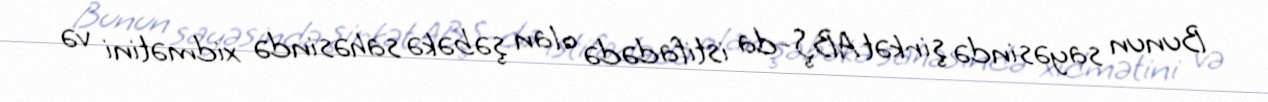
Bunun sayəsində şirkət ABŞ-da istifadədə olan şəbəkə sahəsində xidmətini və